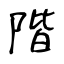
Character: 階